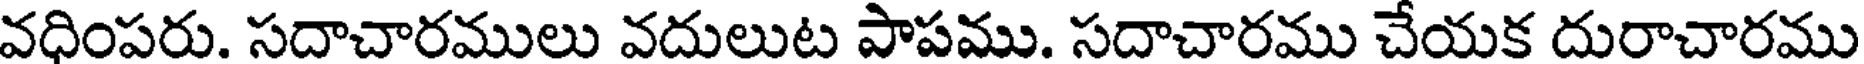
వధింపరు. సదాచారములు వదులుట పాపము. సదాచారము చేయక దురాచారము